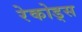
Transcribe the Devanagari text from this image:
रेकोड्स